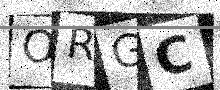
Text: ORGC